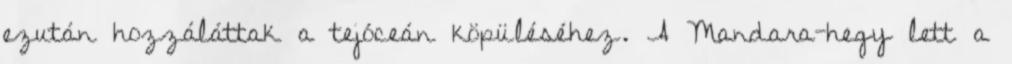
ezután hozzáláttak a tejóceán köpüléséhez. A Mandara-hegy lett a